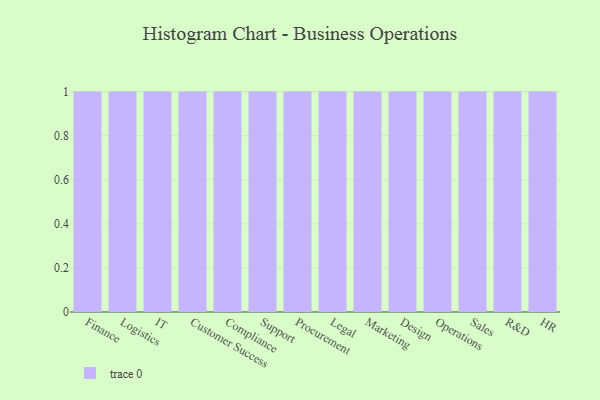
{"axis": {"x": "Department", "y": "Humidity (%)"}, "legend": [""], "data": [{"x": "Finance", "y": 95, "type": ""}, {"x": "Logistics", "y": 52, "type": ""}, {"x": "IT", "y": 72, "type": ""}, {"x": "Customer Success", "y": 51, "type": ""}, {"x": "Compliance", "y": 13, "type": ""}, {"x": "Support", "y": 8, "type": ""}, {"x": "Procurement", "y": 69, "type": ""}, {"x": "Legal", "y": 35, "type": ""}, {"x": "Marketing", "y": 40, "type": ""}, {"x": "Design", "y": 18, "type": ""}, {"x": "Operations", "y": 42, "type": ""}, {"x": "Sales", "y": 93, "type": ""}, {"x": "R&D", "y": 46, "type": ""}, {"x": "HR", "y": 81, "type": ""}]}